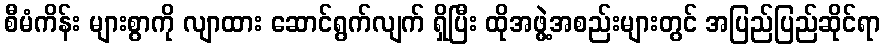
စီမံကိန်း များစွာကို လျာထား ဆောင်ရွက်လျက် ရှိပြီး ထိုအဖွဲ့အစည်းများတွင် အပြည်ပြည်ဆိုင်ရာ